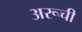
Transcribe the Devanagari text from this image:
अरूची